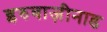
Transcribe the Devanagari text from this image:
इरुवाज़ीनाड